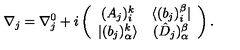
\nabla _ { j } = \nabla _ { j } ^ { 0 } + i \left( \begin{array} { c c } { ( A _ { j } ) _ { i } ^ { k } } & { \langle ( b _ { j } ) _ { i } ^ { \beta } | } \\ { | ( b _ { j } ) _ { \alpha } ^ { k } \rangle } & { ( \hat { D } _ { j } ) _ { \alpha } ^ { \beta } } \\ \end{array} \right) .